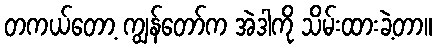
တကယ်တော့ ကျွန်တော်က အဲဒါကို သိမ်းထားခဲ့တာ။